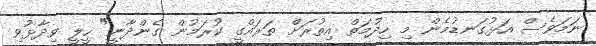
ނަމަވެސް އަޅުގަނޑުމެން މި ހިދުމަތް އިތުރަށް ތަރައްގީ ކުރަމުން ގެންދާނީ" ހީލީ ވިދާޅުވި